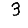
Digit: 3